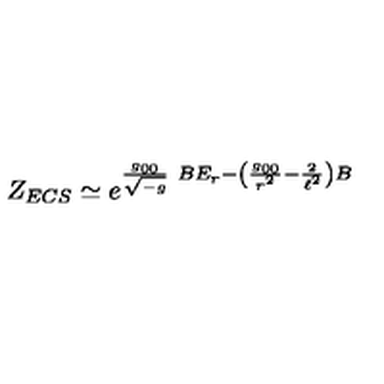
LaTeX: Z _ { E C S } \simeq e ^ { \frac { g _ { 0 0 } } { \sqrt { - g } } \ B E _ { r } - \left( \frac { g _ { 0 0 } } { r ^ { 2 } } - \frac { 2 } { \ell ^ { 2 } } \right) B }